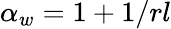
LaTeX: \alpha_{w}=1+1/rl